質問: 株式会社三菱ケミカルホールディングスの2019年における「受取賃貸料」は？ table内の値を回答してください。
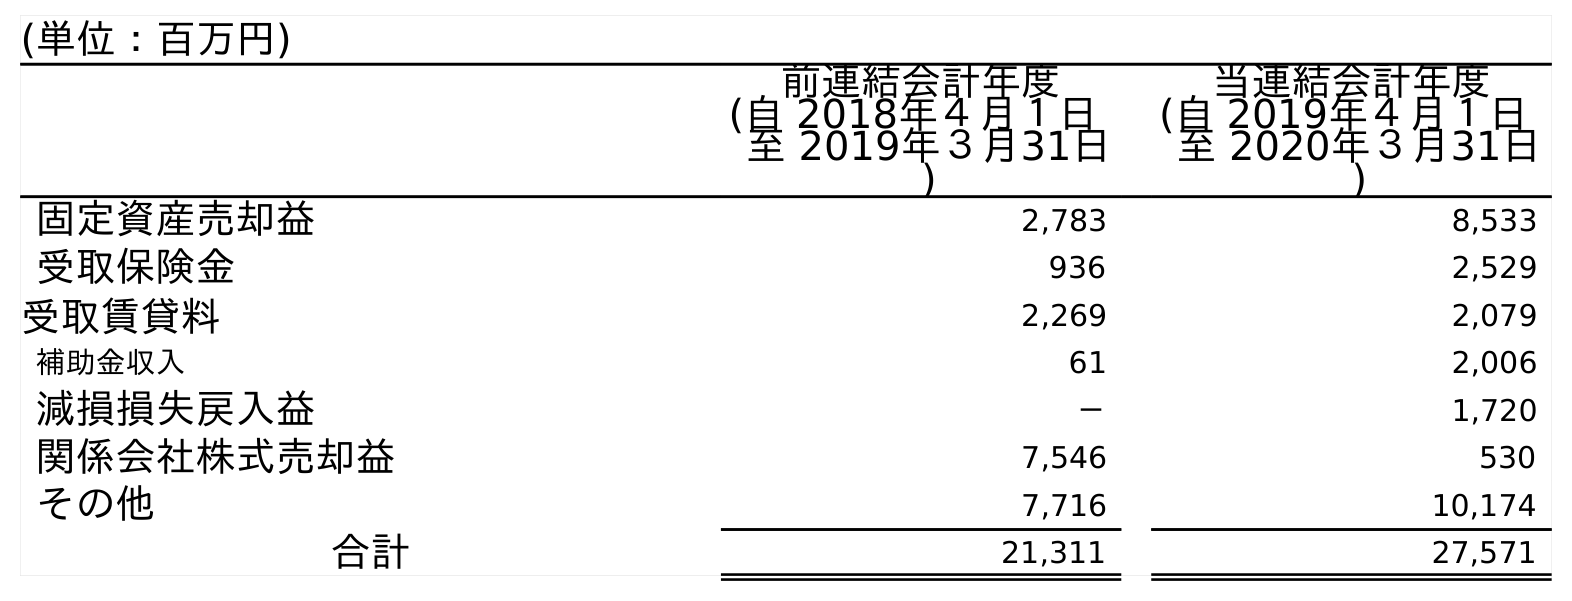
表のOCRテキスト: (単位：百万円) 前連結会計年度 (自 2018年４月１日 至 2019年３月31日 ) 当連結会計年度 (自 2019年４月１日 至 2020年３月31日 ) 固定資産売却益 2,783 8,533 受取保険金 936 2,529 受取賃貸料 2,269 2,079 補助金収入 61 2,006 減損損失戻入益 － 1,720 関係会社株式売却益 7,546 530 その他 7,716 10,174 合計 21,311 27,571
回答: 2,269